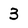
Character: 3